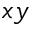
x y